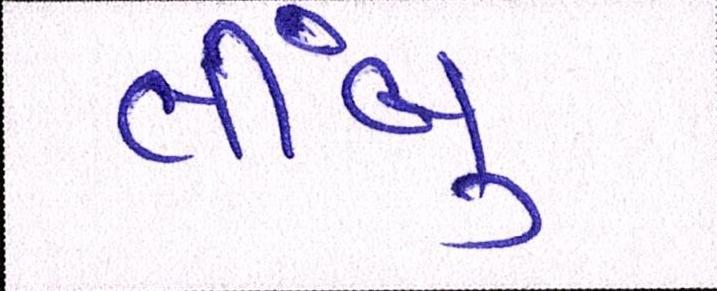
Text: લીબું